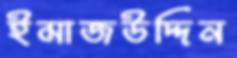
ইমাজউদ্দিন